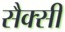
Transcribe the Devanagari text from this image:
सैक्सी